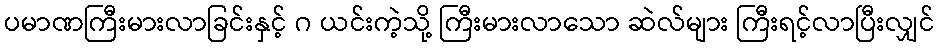
ပမာဏကြီးမားလာခြင်းနှင့် ဂ ယင်းကဲ့သို့ ကြီးမားလာသော ဆဲလ်များ ကြီးရင့်လာပြီးလျှင်